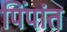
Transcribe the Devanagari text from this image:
पिंपांत